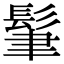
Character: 𩬶